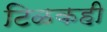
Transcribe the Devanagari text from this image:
टिळकही